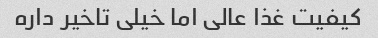
کیفیت غذا عالی اما خیلی تاخیر داره